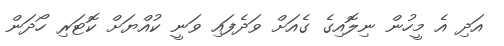
އަދި އެ މީހުން ނިލޮއިގެ ގެއަށް ވަދެފައި ވަނީ ކުއްޔަށް ކޮޓަރި ހޯދަން